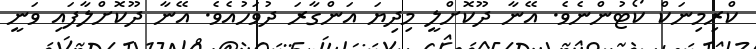
ކްރިމިނަކް ކޯޓުންނެވެ. އޭނާ ދޫކޮށްލީ މިދިޔަ އަންގާރަ ދުވަހުއެވެ. އޭނާ ދޫކޮށްލާފައި ވަނީ